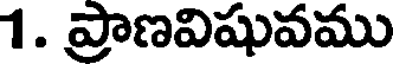
1. ప్రాణవిషువము